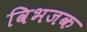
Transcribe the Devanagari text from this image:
विभजक